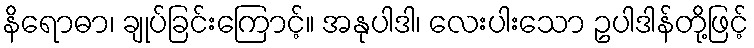
နိရောဓာ၊ ချုပ်ခြင်းကြောင့်။ အနုပါဒါ၊ လေးပါးသော ဥပါဒါန်တို့ဖြင့်